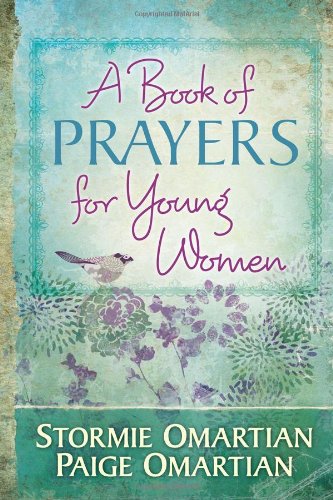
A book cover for A Book of Prayers for Young Women; Stormie Omartian; Christian Books & Bibles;